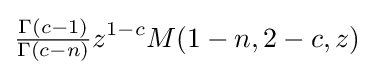
{\tfrac {\Gamma (c-1)}{\Gamma (c-n)}}z^{1-c}M(1-n,2-c,z)